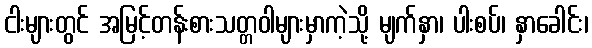
ငါးများတွင် အမြင့်တန်းစားသတ္တဝါများမှာကဲ့သို့ မျက်နှာ၊ ပါးစပ်၊ နှာခေါင်း၊